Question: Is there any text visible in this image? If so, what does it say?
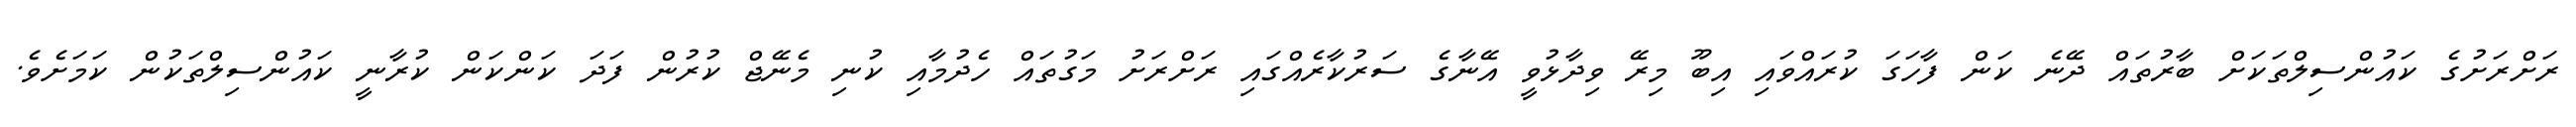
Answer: ރަށްރަށުގެ ކައުންސިލްތަކަށް ބާރުތައް ދޭނެ ކަން ފާހަގަ ކުރައްވައި އިބޫ މިރޭ ވިދާޅުވީ އޭނާގެ ސަރުކާރެއްގައި ރަށްރަށު މަގުތައް ހެދުމާއި ކުނި މެނޭޖް ކުރުން ފަދަ ކަންކަން ކުރާނީ ކައުންސިލްތަކުން ކަމަށެވެ.